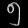
Digit: ၅